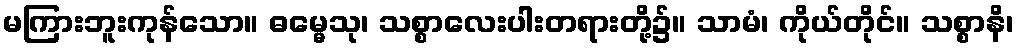
မကြားဘူးကုန်သော။ ဓမ္မေသု၊ သစ္စာလေးပါးတရားတို့၌။ သာမံ၊ ကိုယ်တိုင်။ သစ္စာနိ၊